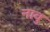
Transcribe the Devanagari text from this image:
नावु